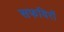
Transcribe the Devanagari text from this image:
सफविरों